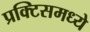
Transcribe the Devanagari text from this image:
प्रक्टिसमध्ये